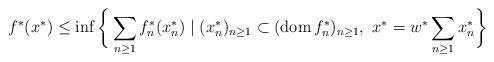
LaTeX: \begin{align*}f^{\ast}(x^{\ast})\leq\inf\bigg\{\sum_{n\geq1}f_{n}^{\ast}(x_{n}^{\ast})\mid(x_{n}^{\ast})_{n\geq1}\subset(\operatorname*{dom}f_{n}^{\ast})_{n\geq1},\ x^{\ast}=w^{\ast}\sum_{n\geq1}x_{n}^{\ast}\bigg\} \end{align*}